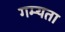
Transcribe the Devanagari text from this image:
गम्यता